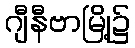
ဂျီနီဗာမြို့၌